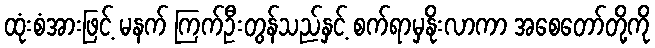
ထုံးစံအားဖြင့် မနက် ကြက်ဦးတွန်သည်နှင့် စက်ရာမှနိုးလာကာ အစေတော်တို့ကို